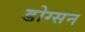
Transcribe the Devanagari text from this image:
डोग्सन